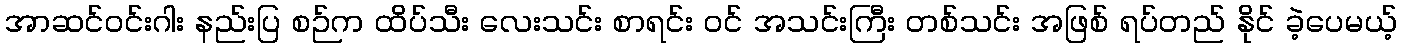
အာဆင်ဝင်းဂါး နည်းပြ စဉ်က ထိပ်သီး လေးသင်း စာရင်း ဝင် အသင်းကြီး တစ်သင်း အဖြစ် ရပ်တည် နိုင် ခဲ့ပေမယ့်